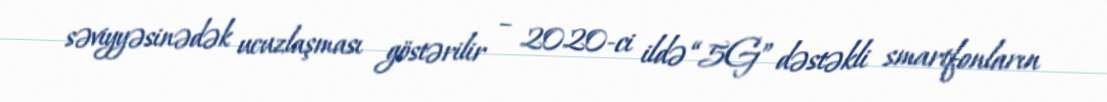
səviyyəsinədək ucuzlaşması göstərilir – 2020-ci ildə “5G” dəstəkli smartfonların